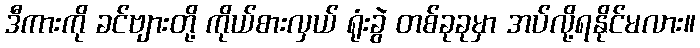
ဒီကားကို ခင်ဗျားတို့ ကိုယ်စားလှယ် ရုံးခွဲ တစ်ခုခုမှာ အပ်လို့ရနိုင်မလား။